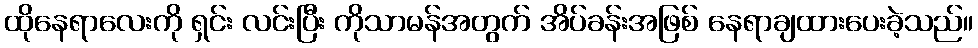
ထိုနေရာလေးကို ရှင်း လင်းပြီး ကိုသာမန်အတွက် အိပ်ခန်းအဖြစ် နေရာချထားပေးခဲ့သည်။